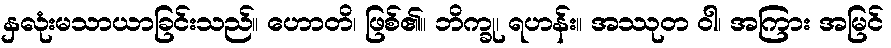
နှလုံးမသာယာခြင်းသည်။ ဟောတိ၊ ဖြစ်၏။ ဘိက္ခု၊ ရဟန်း။ အဿုတ ဝါ၊ အကြား အမြင်